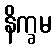
နိက္ခမ